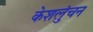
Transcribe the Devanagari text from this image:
केशलुंचन